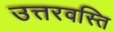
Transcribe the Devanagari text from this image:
उत्तरवस्ति